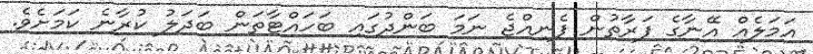
އަމަލެއް އޭނާގެ ފަރާތުން ފެނިއްޖެ ނަމަ ބަންދުގައި ބަހައްޓާތަން ބަދަލު ކުރާނެ ކަމަށެވެ.